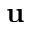
\mathbf { u }